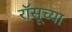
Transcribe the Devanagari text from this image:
रॉसूच्या